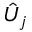
\hat { U } _ { j }